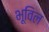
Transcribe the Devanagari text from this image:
भूविल